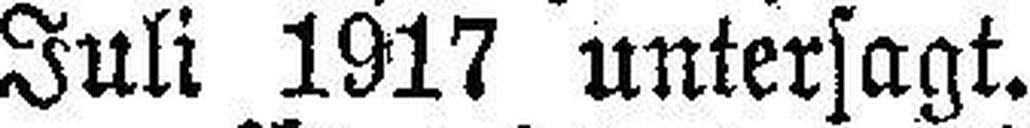
Juli 1917 untersagt.